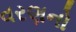
વરણનો